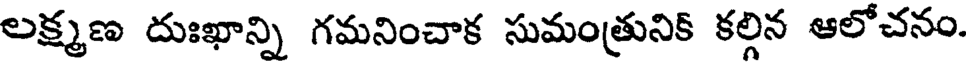
లక్ష్మణ దుఃఖాన్ని గమనించాక సుమంత్రునిక్ కల్గిన ఆలోచనం.